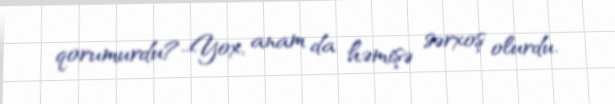
qorumurdu?-Yox, anam da həmişə sərxoş olurdu.